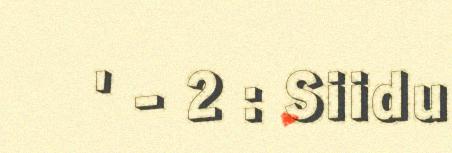
' - 2 : Siidu